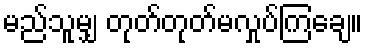
မည်သူမျှ တုတ်တုတ်မလှုပ်ကြချေ။